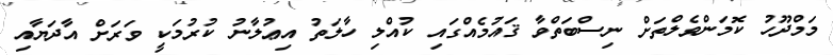
މަމްދޫހު ކޮމަންވެލްތަށް ނިސްބަތްވާ ޤައުމެއްގައި ކުއްލި ހާލަތު އިޢުލާނު ކުރުމަކީ ވަރަށް އާދަޔާއި